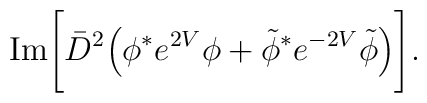
\mbox{Im}\Bigg[\bar D^2 \Big(\phi^* e^{2V}\phi+ \tilde\phi^* e^{-2V}\tilde\phi\Big)\Bigg].